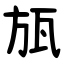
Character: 瓬